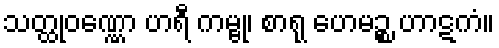
သတ္ထုဝဏ္ဏော ဟရီ ကမ္ဗု၊ စာရု ဟေမဉ္စ ဟာဋကံ။